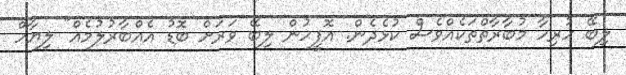
ލިބޭ ހުރިހާ މުބާރާތްތަކެއްވެސް ކުޅެދެން. އޮފީހުން ލިބޭ ވަރަށް ބޮޑު އެއްބާރުލުމެއް" ލިޔާހް